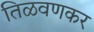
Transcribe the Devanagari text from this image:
तिळवणकर